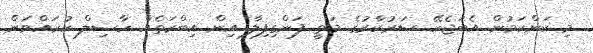
މި ކަންކަމުން އެބަޖެހޭ ސަރުކާރުގެ މަތީ ފަންގިފިލާ އިން އިބްރަތެއްް ހާސިލް ކުރައްވަން.